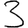
Digit: 3